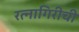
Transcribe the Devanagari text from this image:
रत्‍नागिरीची